Vaccination Hyderabad 1890-1903 - 1890-1903
Year: 1890
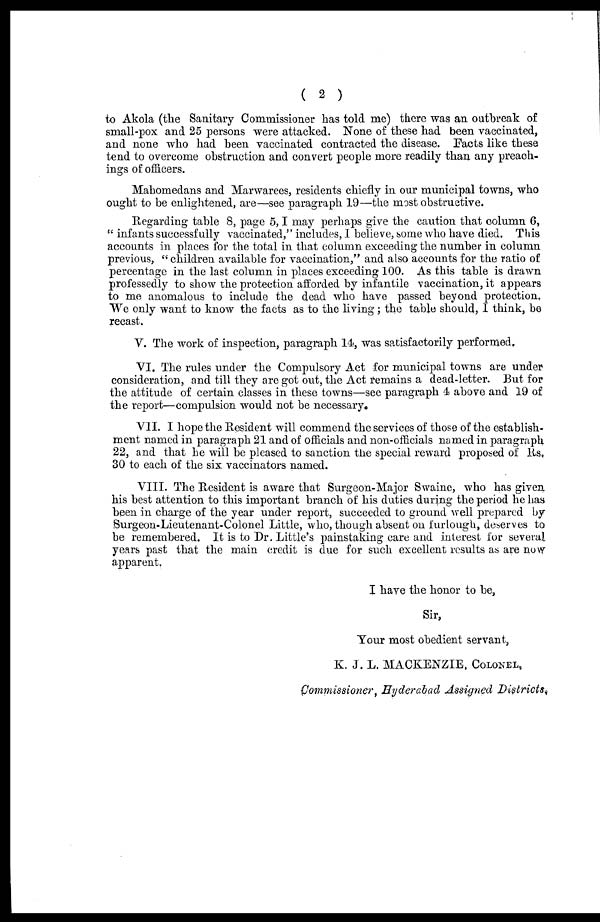
( 2 )
to Akola (the Sanitary Commissioner has told me) there was an outbreak of
small-pox and 25 persons were attacked. None of these had been vaccinated,
and none who had been vaccinated contracted the disease. Facts like these
tend to overcome obstruction and convert people more readily than any preach-
ings of officers.
Mahomedans and Marwarees, residents chiefly in our municipal towns, who
ought to be enlightened, are—see paragraph 19—the most obstructive.
Regarding table 8, page 5, I may perhaps give the caution that column 6,
" infants successfully vaccinated," includes, I believe, some who have died. This
accounts in places for the total in that column exceeding the number in column
previous, "children available for vaccination," and also accounts for the ratio of
percentage in the last column in places exceeding 100. As this table is drawn
professedly to show the protection afforded by infantile vaccination, it appears
to me anomalous to include the dead who have passed beyond protection.
We only want to know the facts as to the living; the table should, I think, be
recast.
V. The work of inspection, paragraph 14, was satisfactorily performed.
VI. The rules under the Compulsory Act for municipal towns are under
consideration, and till they are got out, the Act remains a dead-letter. But for
the attitude of certain classes in these towns—see paragraph 4 above and 19 of
the report—compulsion would not be necessary.
VII. I hope the Resident will commend the services of those of the establish-
ment named in paragraph 21 and of officials and non-officials named in paragraph
22, and that he will be pleased to sanction the special reward proposed of Rs.
30 to each of the six vaccinators named.
VIII. The Resident is aware that Surgeon-Major Swaine, who has given
his best attention to this important branch of his duties during the period he has
been in charge of the year under report, succeeded to ground well prepared by
Surgeon-Lieutenant-Colonel Little, who, though absent on furlough, deserves to
be remembered. It is to Dr. Little's painstaking care and interest for several
years past that the main credit is due for such excellent results as are now
apparent.
I have the honor to be,
Sir,
Your most obedient servant,
K. J. L. MACKENZIE, COLONEL,
Commissioner, Hyderabad Assigned Districts.